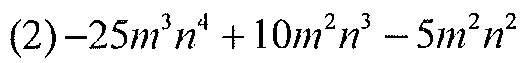
(2)$-25m^{3}n^{4}+10m^{2}n^{3}-5m^{2}n^{2}$